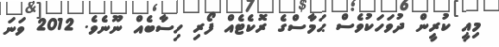
މިއީ ކުރީން ދުވަހަކުވެސް ޙަމާސްގެ ރޮކެޓެއް ފޯރި ހިސާބެއް ނޫނެވެ. 2012 ވަނަ